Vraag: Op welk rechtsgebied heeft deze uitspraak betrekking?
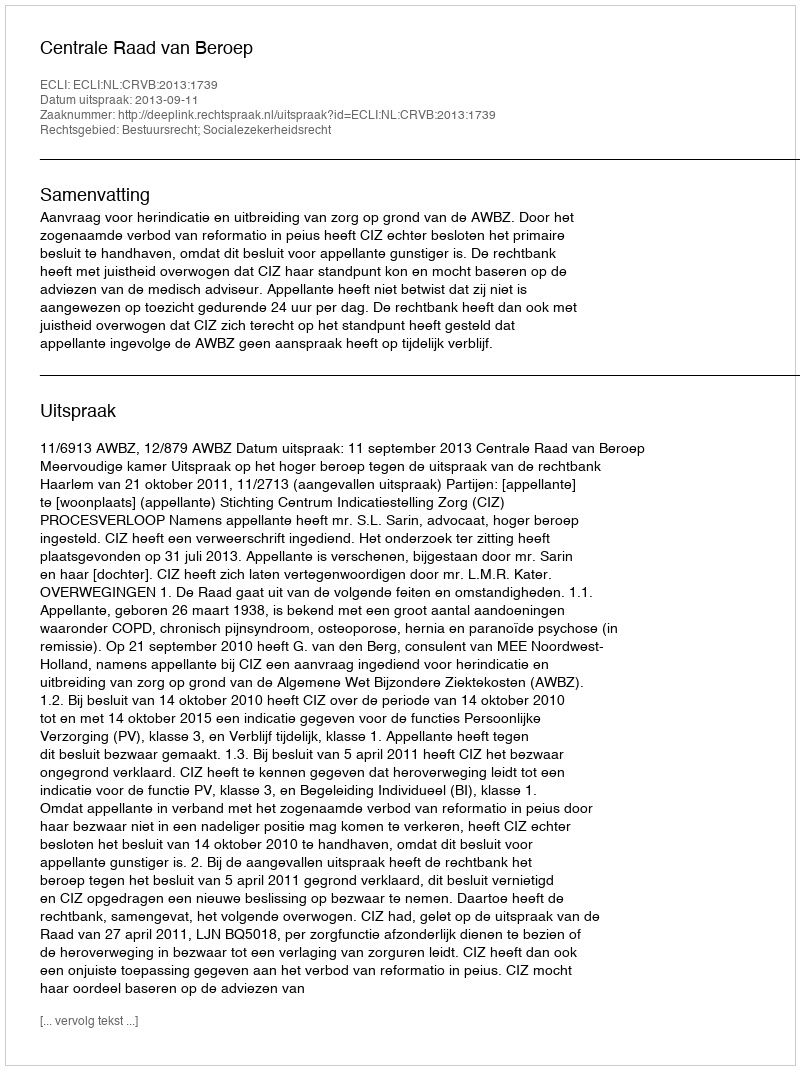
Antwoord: Bestuursrecht; Socialezekerheidsrecht